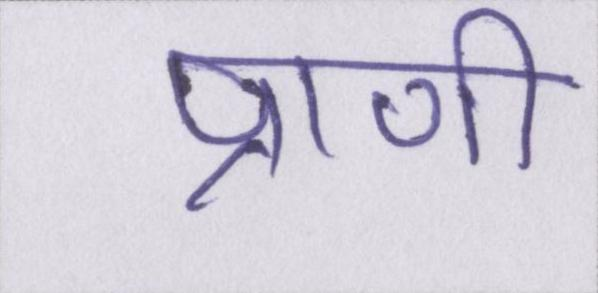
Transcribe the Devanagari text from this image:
प्राणी